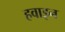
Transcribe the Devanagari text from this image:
हवाइन